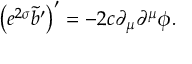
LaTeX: \left( e ^ { 2 \sigma } \tilde { b } ^ { \prime } \right) ^ { \prime } = - 2 c \partial _ { \mu } \partial ^ { \mu } \phi .